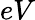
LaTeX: eV